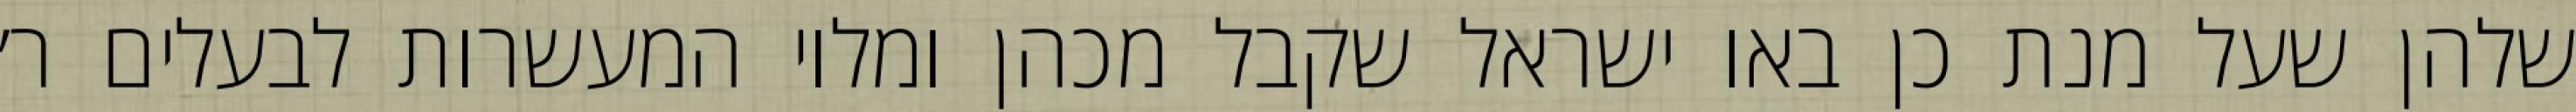
שלהן שעל מנת כן באו ישראל שקבל מכהן ומלוי המעשרות לבעלים ר׳